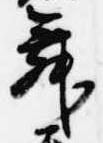
舞